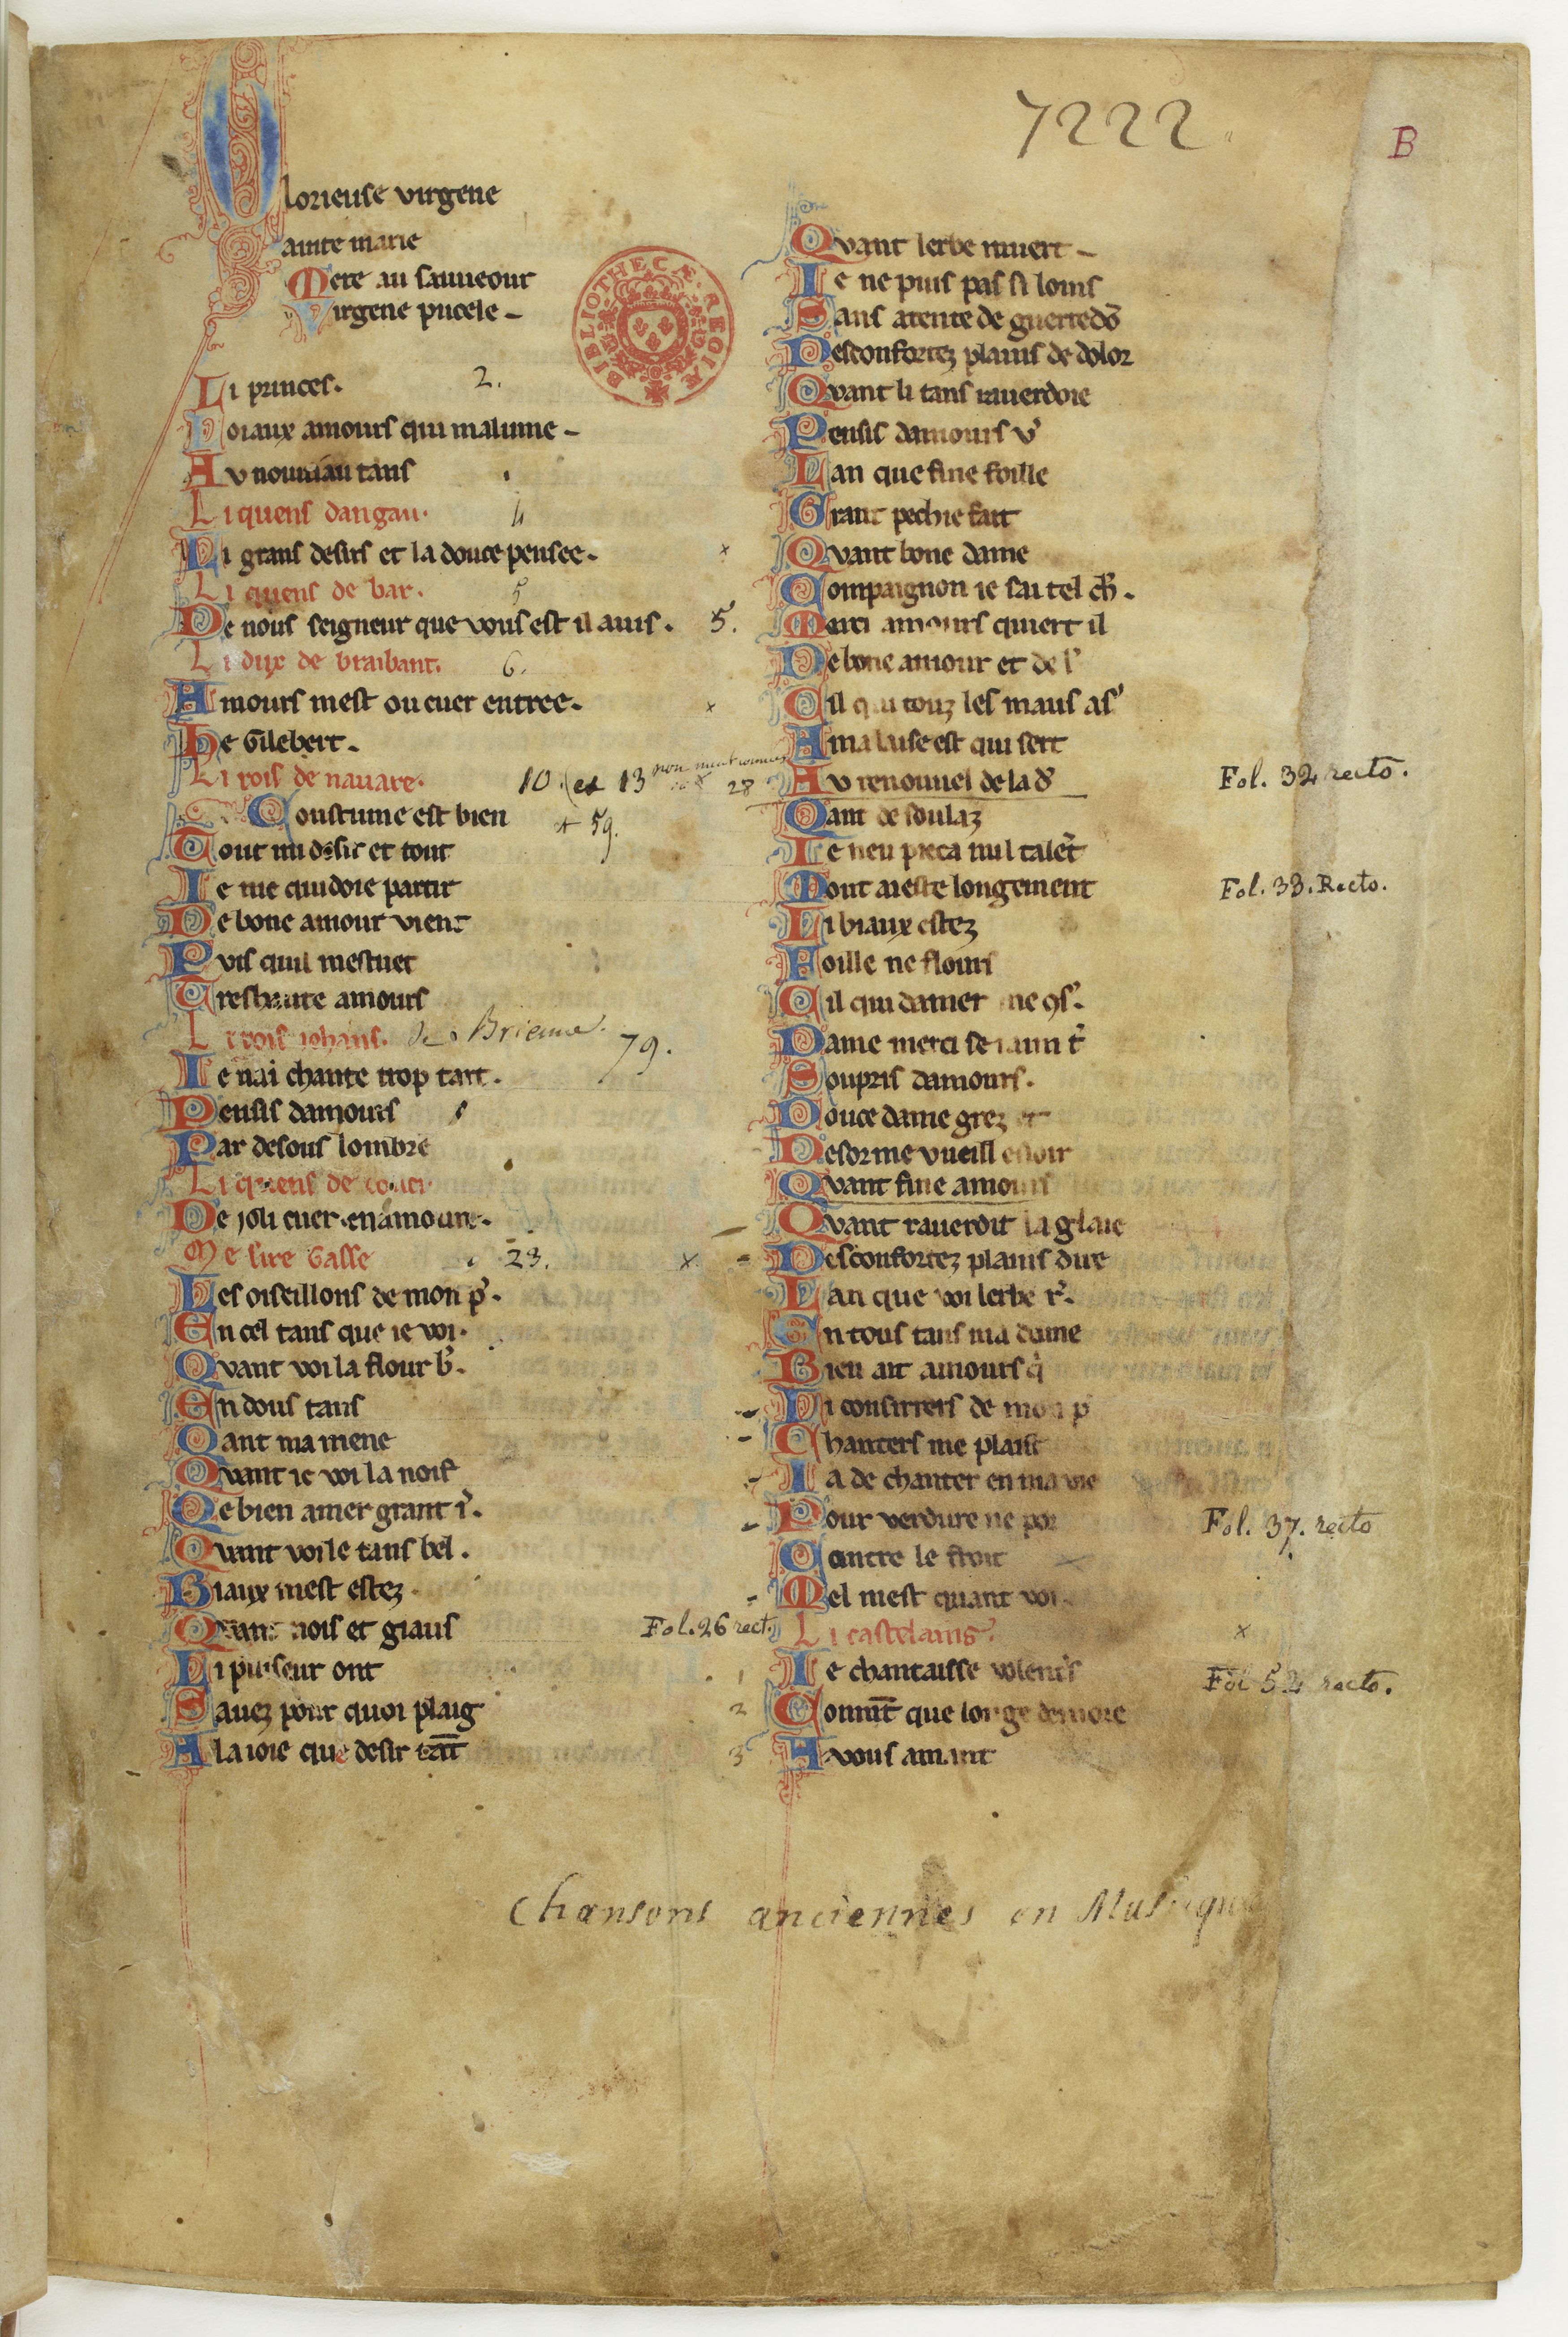
Shelfmark: Paris, BnF, fr. 844
Century: 13